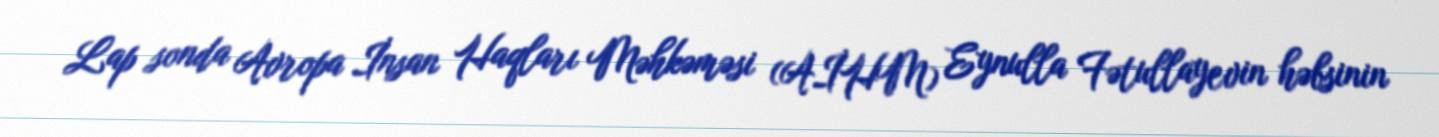
Lap sonda Avropa İnsan Haqları Məhkəməsi (AİHM) Eynulla Fətullayevin həbsinin